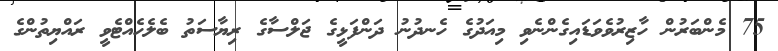
75 މެންބަރުން ހާޒިރުވެވަޑައިގެންނެވި މިއަދުގެ ހެނދުނު ދަންފަޅީގެ ޖަލްސާގެ ރިޔާސަތު ބެލެހެއްޓެވީ ރައްޔިތުންގެ